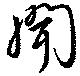
聞